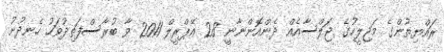
ރައްޔިތުންގެ މަޖިލީހުގެ ޖަލްސާއެއް ދެންއޮންނާނީ 28 އޭޕްރީލް 2011 ވާ ބުރާސްފަތިދުވަހު ހެނދުނު